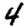
Digit: 4